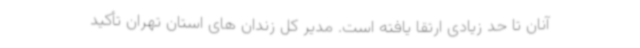
آنان تا حد زیادی ارتقا یافته است. مدیر کل زندان های استان تهران تأکید